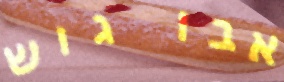
אבו גוש